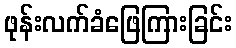
ဖုန်းလက်ခံဖြေကြားခြင်း